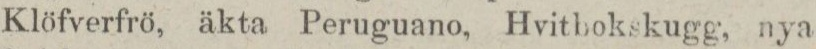
Klöfverfrö, äkta Peruguano, Hvitbokskugg, nya